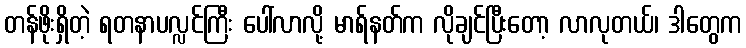
တန်ဖိုးရှိတဲ့ ရတနာပလ္လင်ကြီး ပေါ်လာလို့ မာရ်နတ်က လိုချင်ပြီးတော့ လာလုတယ်၊ ဒါတွေက